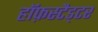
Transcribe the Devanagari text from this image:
हॉफ़स्टैड्टर